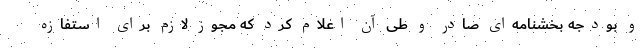
و بودجه بخشنامه‌ای صادر و طی آن اعلام کرد که مجوز لازم برای استفازه